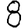
Digit: 8